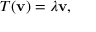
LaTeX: T ( \mathbf { v } ) = \lambda \mathbf { v } ,